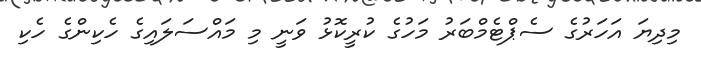
މިދިޔަ އަހަރުގެ ސެޕްޓެމްބަރު މަހުގެ ކުރީކޮޅު ވަނީ މި މައްސަލައިގެ ހެކިންގެ ހެކި